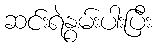
ဆင်းရဲနွမ်းပါးပြီး